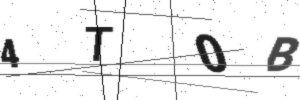
Text: 4T0B